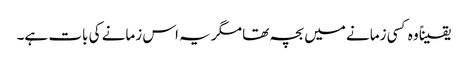
یقیناً وہ کسی زمانے میں بچہ تھا مگر یہ اس زمانے کی بات ہے۔